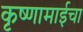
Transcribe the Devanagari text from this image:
कृष्णामाईचा